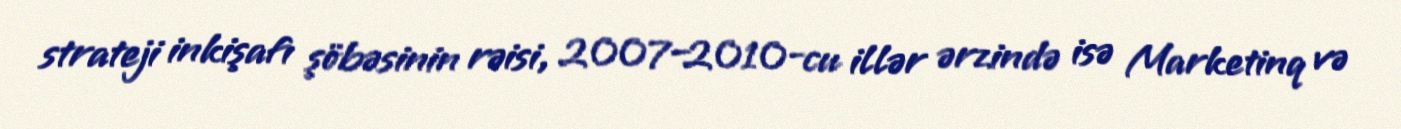
strateji inkişafı şöbəsinin rəisi, 2007–2010-cu illər ərzində isə Marketinq və